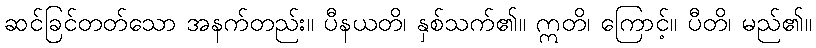
ဆင်ခြင်တတ်သော အနက်တည်း။ ပီနယတိ၊ နှစ်သက်၏။ ဣတိ၊ ကြောင့်။ ပီတိ၊ မည်၏။